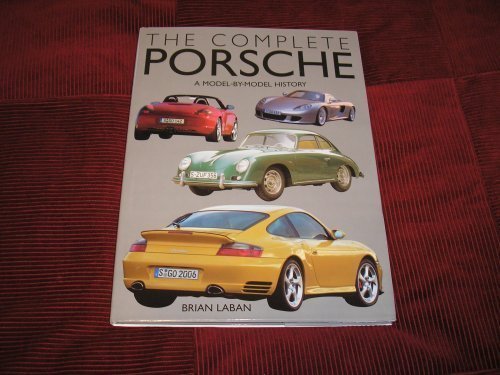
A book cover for The Complete Porsche A Model By Model History; Brian Laban; Engineering & Transportation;